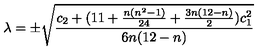
\lambda = \pm \sqrt { \frac { c _ { 2 } + ( 1 1 + \frac { n ( n ^ { 2 } - 1 ) } { 2 4 } + \frac { 3 n ( 1 2 - n ) } { 2 } ) c _ { 1 } ^ { 2 } } { 6 n ( 1 2 - n ) } }